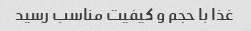
غذا با حجم و کیفیت مناسب رسید